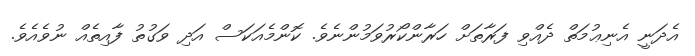
އެދަނީ އެނިޢުމަތް ދެއްވި ފަރާތަށް ހަރާންކޯރުވަމުންނެވެ. ކޮންމެއަކަސް އަދި ވަގުތު ފާއިތެއް ނުވެއެވެ.